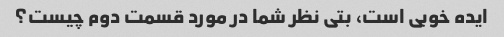
ایده خوبی است، بتی نظر شما در مورد قسمت دوم چیست؟